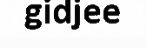
gidjee